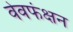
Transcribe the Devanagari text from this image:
वेवफंक्षन